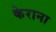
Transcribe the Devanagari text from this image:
केराना